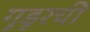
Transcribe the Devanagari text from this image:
गुडूरची